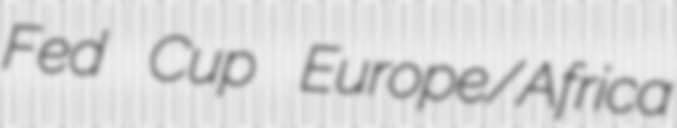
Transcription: Fed Cup Europe/Africa